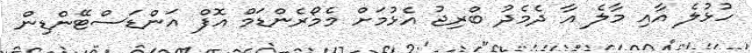
ހުޅުލެ އާއި މާލެ އާ ދެމެދު ބްރިޖު އެޅުމަށް މެމޯރެންޑަމް އޮފް އަންޑަސްޓޭންޑިން